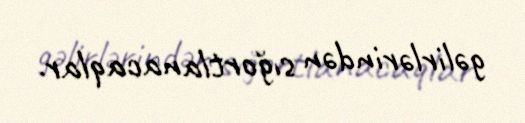
gəlirlərindən sığortlanacaqlar.